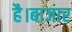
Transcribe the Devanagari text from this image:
है।बाजार